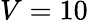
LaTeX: V=10